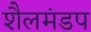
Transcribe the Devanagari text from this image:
शैलमंडप